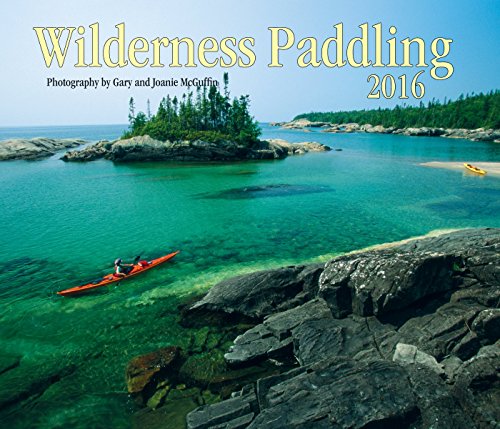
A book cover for Wilderness Paddling 2016; Calendars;